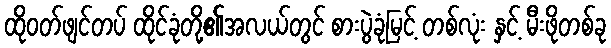
ထိုဝတ်ဖျင်တပ် ထိုင်ခုံတို့၏အလယ်တွင် စားပွဲခုံမြင့် တစ်လုံး နှင့် မီးဖိုတစ်ခု